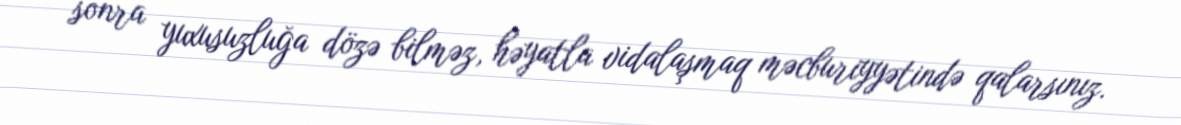
sonra yuxusuzluğa dözə bilməz, həyatla vidalaşmaq məcburiyyətində qalarsınız.